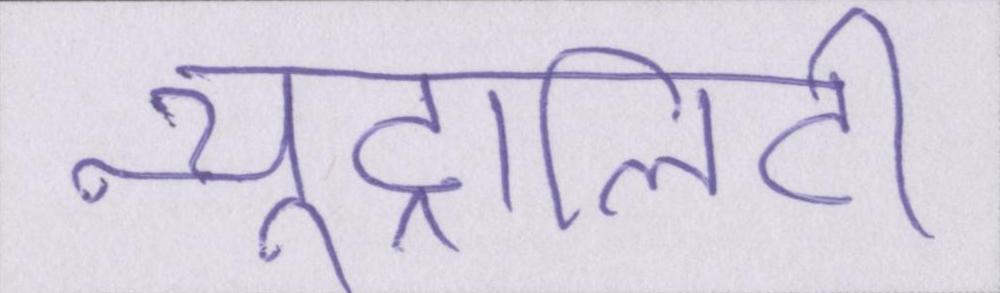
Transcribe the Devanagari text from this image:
न्यूट्रालिटी